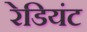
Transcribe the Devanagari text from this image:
रेडियंट